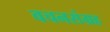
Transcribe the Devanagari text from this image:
वचनसंग्रह